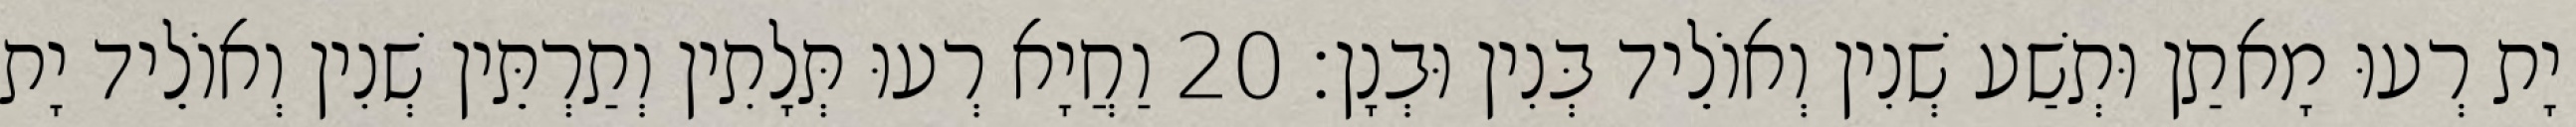
יָת רְעוּ מָאתַן וּתְשַׁע שְׁנִין וְאוֹלֵיד בְּנִין וּבְנָן׃ 20 וַחֲיָא רְעוּ תְּלָתִין וְתַרְתֵּין שְׁנִין וְאוֹלֵיד יָת